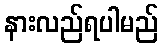
နားလည်ရပါမည်